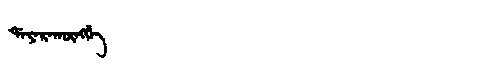
Manchu: ᡩᠠᠶᠠᡵᠠᡴᡡᠩᡤᡝ
Romanization: DAYARAKŪNGGE